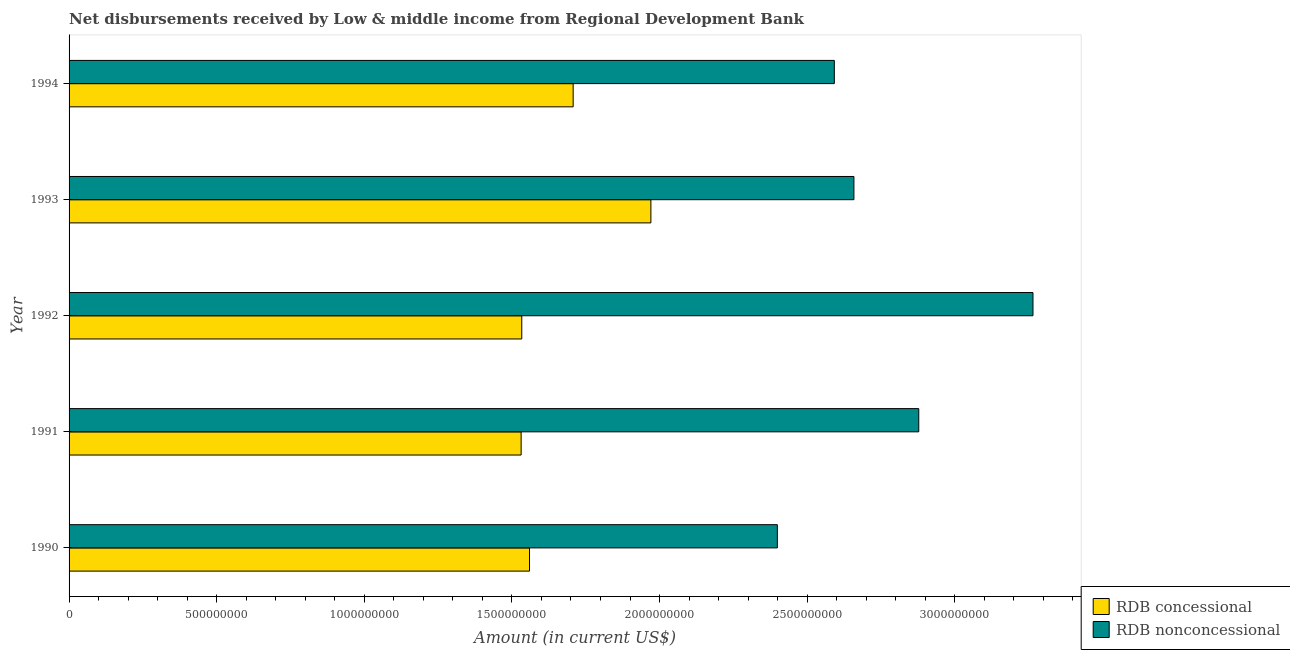
| Year | RDB concessional | RDB nonconcessional |
 | --- | --- | --- |
 | 1990 | 1.56e+09 | 2.4e+09 |
 | 1991 | 1.53e+09 | 2.88e+09 |
 | 1992 | 1.53e+09 | 3.27e+09 |
 | 1993 | 1.97e+09 | 2.66e+09 |
 | 1994 | 1.71e+09 | 2.59e+09 |